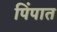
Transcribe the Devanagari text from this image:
पिंपात